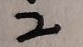
\dot { 2 }